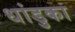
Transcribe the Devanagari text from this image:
धांडुका